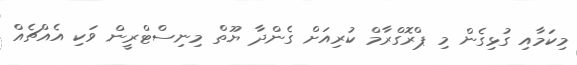
މިކަމާއި ގުޅިގެން މި ޕްރޮގްރާމް ކުރިއަށް ގެންދާ ޔޫތް މިނިސްޓްރީން ވަކި އެއްޗެއް